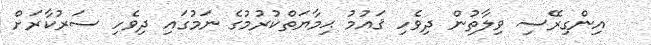
އިންގިރޭސި ވިލާތުން ދިވެހި ޤައުމު ޙިމާޔަތްކުރުމުގެ ނަމުގައި ދިވެހި ސަރުކާރަށް